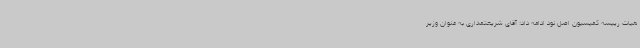
هیات رییسه کمیسیون اصل نود ادامه داد: آقای شریعتمداری به عنوان وزیر